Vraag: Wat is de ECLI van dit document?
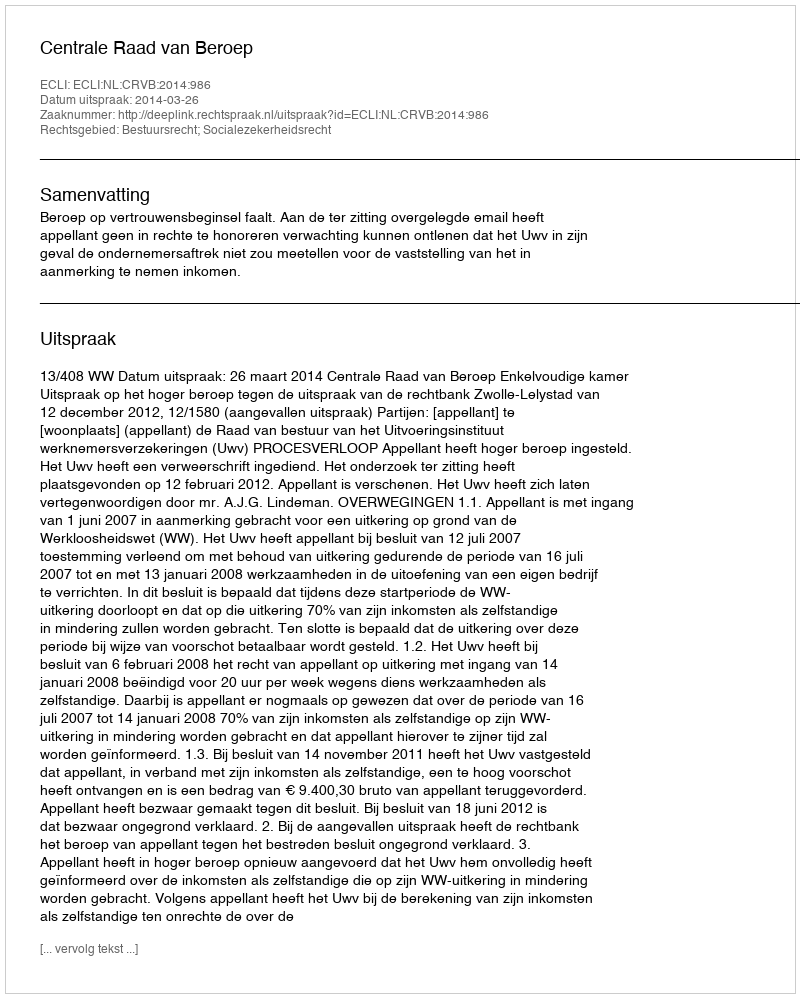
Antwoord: ECLI:NL:CRVB:2014:986